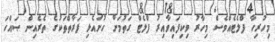
މިހުރިހާ ފްލެޓެއްވެސް މިހާރު ވިކިފައިވާއިރު ފްލެޓް ގަތުމަށް ހުށައެޅި ފަރާތްތަކުގެ ތެރެއިން ޞައްހަ